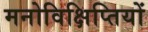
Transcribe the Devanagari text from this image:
मनोविक्षिप्तियों